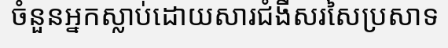
ចំនួនអ្នកស្លាប់ដោយសារជំងឺសរសៃប្រសាទ